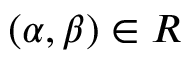
( \alpha , \beta ) \in R